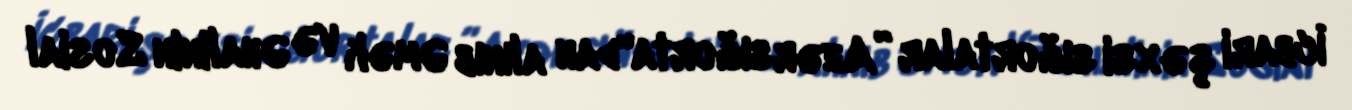
İcbari şəxsi sığortalar ”Azərsığorta"dan alınıb Əmək və Əhalinin Sosial